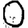
Digit: 0